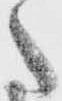
た